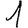
Digit: 1